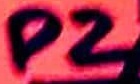
Text: P2